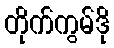
တိုက်ကွမ်ဒို